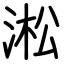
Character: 淞